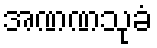
အဏဏသုခံ